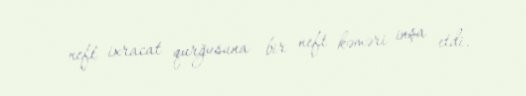
neft ixracat qurğusuna bir neft kəməri inşa etdi.